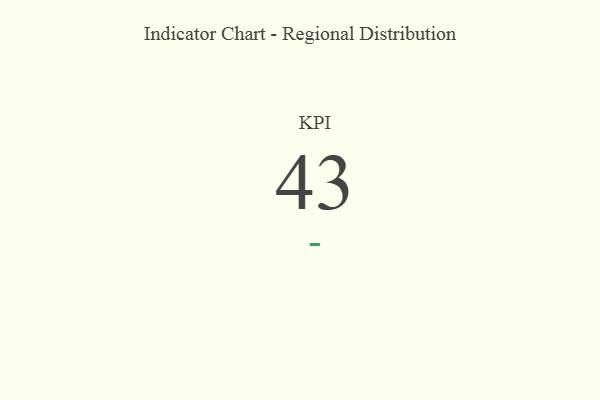
{"axis": {"x": "KPI", "y": "Value"}, "legend": [""], "data": [{"x": "KPI", "y": 43, "type": ""}]}